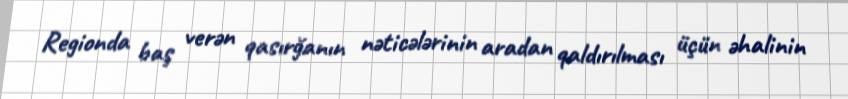
Regionda baş verən qasırğanın nəticələrinin aradan qaldırılması üçün əhalinin